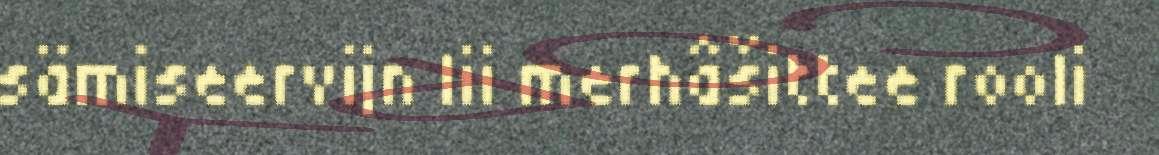
sämiseervijn lii merhâšittee rooli